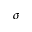
\sigma